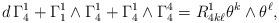
LaTeX: \begin{align*}d\,\Gamma_4^1+\Gamma_1^1\wedge \Gamma_4^1+\Gamma_4^1 \wedge \Gamma_4^4=R^1_{4k\ell}\theta^k \wedge \theta^\ell,\end{align*}